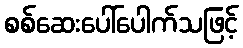
စစ်ဆေးပေါ်ပေါက်သဖြင့်